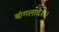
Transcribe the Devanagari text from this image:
बांगलादेश।